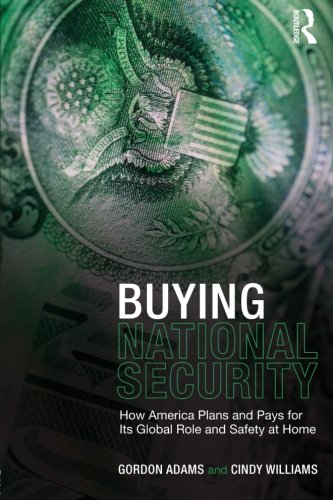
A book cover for Buying National Security: How America Plans and Pays for Its Global Role and Safety at Home; Gordon Adams; Business & Money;